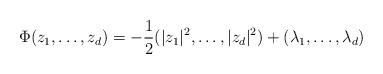
LaTeX: \begin{align*} \Phi(z_1,\ldots, z_d) = -\frac{1}{2}(|z_1|^2,\ldots,|z_d|^2)+(\lambda_1,\ldots,\lambda_d) \end{align*}